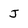
Character: J